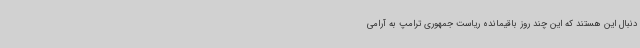
دنبال این هستند که این چند روز باقیمانده ریاست جمهوری ترامپ به آرامی